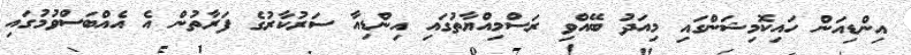
އިންޑިއަން ހައިކޮމިޝަންގައި މިއަދު ބޭއްވި ރަސްމިއްޔާތުގައި އިންޑިއާ ސަރުކާރުގެ ފަރާތުން އެ އެއްބަސްވުމުގައި